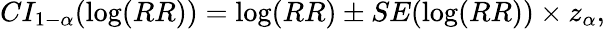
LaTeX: CI_{1-\alpha}(\log(RR))=\log(RR)\pm SE(\log(RR))\times z_{\alpha},